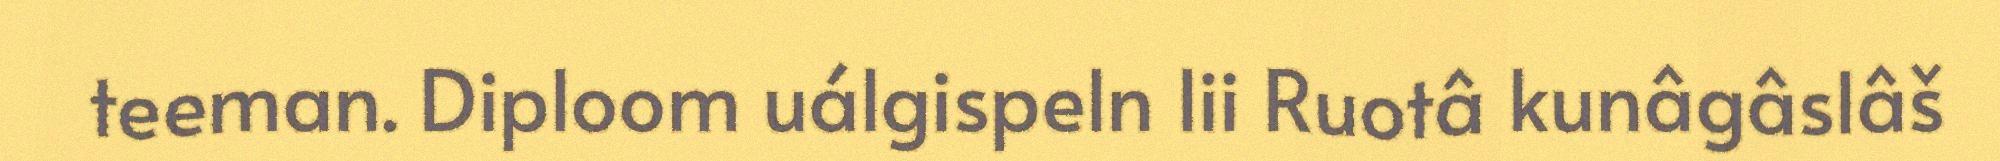
teeman. Diploom uálgispeln lii Ruotâ kunâgâslâš